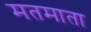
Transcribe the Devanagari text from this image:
मतमाता